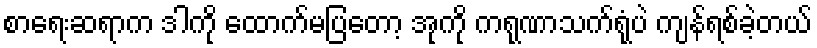
စာရေးဆရာက ဒါကို ထောက်မပြတော့ အုကို ကရုဏာသက်ရုံပဲ ကျန်ရစ်ခဲ့တယ်